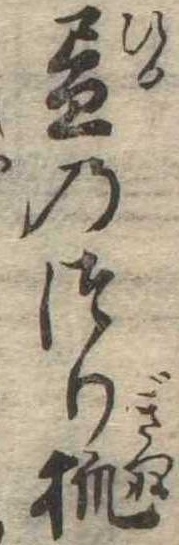
昼のつり狐